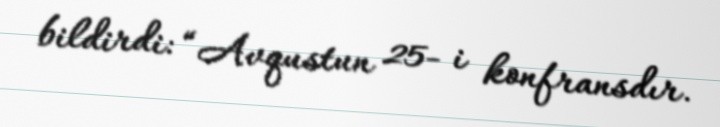
bildirdi: “Avqustun 25- i konfransdır.